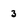
Character: 3